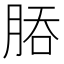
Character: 𬚻